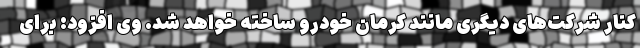
کنار شرکت‌های دیگری مانند کرمان خودرو ساخته خواهد شد. وی افزود: برای